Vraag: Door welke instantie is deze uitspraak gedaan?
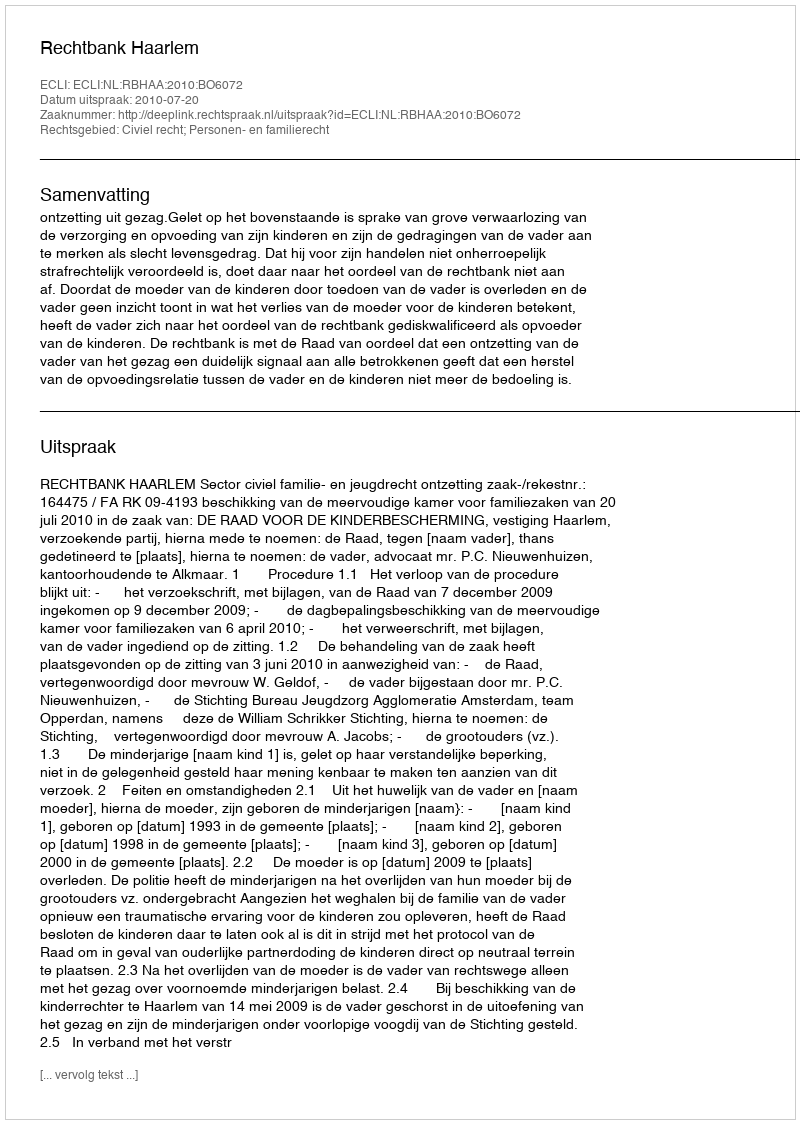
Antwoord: Rechtbank Haarlem